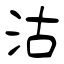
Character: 沽